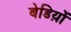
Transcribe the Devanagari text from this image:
बेडिय़ों